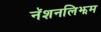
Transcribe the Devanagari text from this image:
नॅशनलिझम